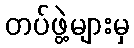
တပ်ဖွဲ့များမှ